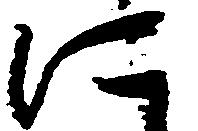
に